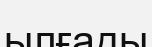
ылғады